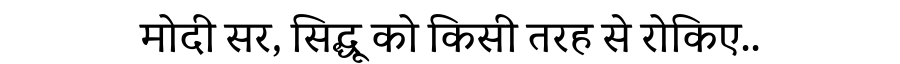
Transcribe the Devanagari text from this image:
मोदी सर, सिद्धू को किसी तरह से रोकिए..